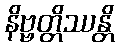
နိဗ္ဗတ္တိဿန္တိ